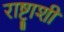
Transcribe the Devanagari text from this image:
राष्ट्राशी